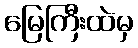
မြေကြီးထဲမှ